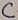
Text: C